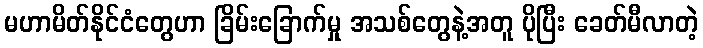
မဟာမိတ်နိုင်ငံတွေဟာ ခြိမ်းခြောက်မှု အသစ်တွေနဲ့အတူ ပိုပြီး ခေတ်မီလာတဲ့